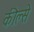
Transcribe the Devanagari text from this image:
कील्से